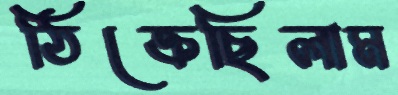
ঠিক্‌রেছিলাম